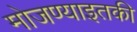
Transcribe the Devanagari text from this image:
मोजण्याइतकी